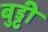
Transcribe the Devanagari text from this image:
बुड्ढी